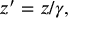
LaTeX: z ^ { \prime } = z / \gamma ,